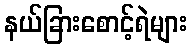
နယ်ခြားစောင့်ရဲများ